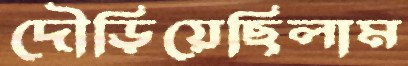
দৌড়িয়েছিলাম